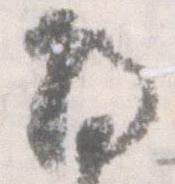
将